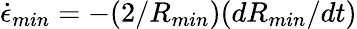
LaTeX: \dot{\epsilon}_{min}=-(2/R_{min})(dR_{min}/dt)